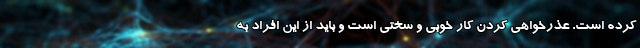
کرده است. عذرخواهی کردن کار خوبی و سختی است و باید از این افراد به